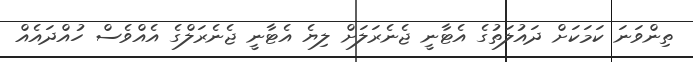
ތިންވަނަ ކަމަކަށް ދައުލަތުގެ އެޓާނީ ޖެނެރަލަށް ލިޔެ އެޓާނީ ޖެނެރަލްގެ އެއްވެސް ހުއްދައެއް